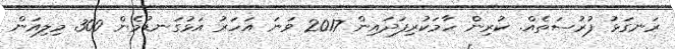
ރަނގަޅު ފުރުސަތެއް. ކުރިން ހާމަކުރިފަދައިން 2017 ވަނަ އަހަރު އަޅުގަނޑުމެން 300 މިލިއަން